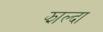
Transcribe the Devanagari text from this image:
झाल्दा